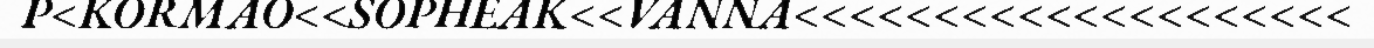
P<KORMAO<<SOPHEAK<<VANNA<<<<<<<<<<<<<<<<<<<<